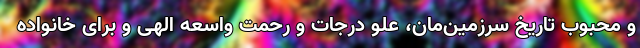
و محبوب تاریخ سرزمین‌مان، علو درجات و رحمت واسعه الهی و برای خانواده